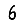
Digit: 6